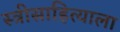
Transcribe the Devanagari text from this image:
स्त्रीसाहित्याला